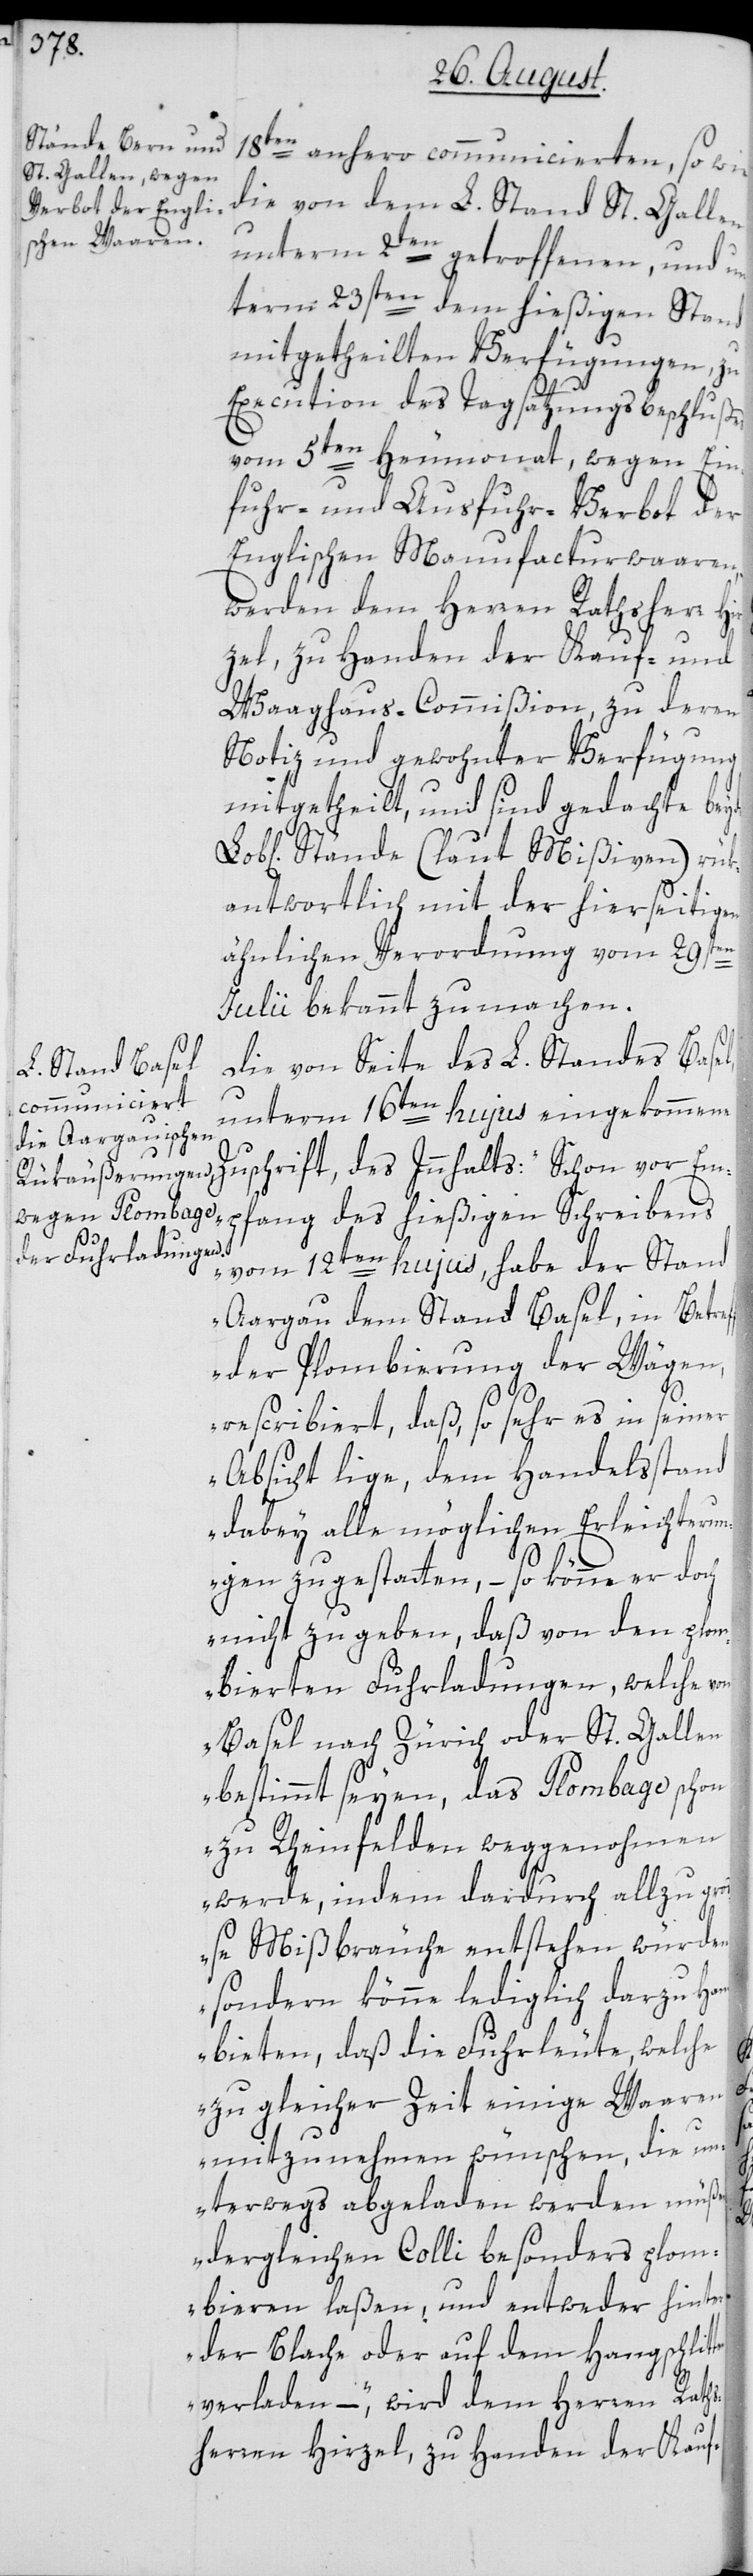
ten
18ten anhero communicierten, sowie
die von dem L. Stand St. Gallen
unterm 2ten getroffenen, und un¬
term 23sten dem hießigen Stand
mitgetheilten Verfügungen, zu
Execution des Tagsatzungsbeschlußes
vom 5ten Heumonat, wegen Ein¬
fuhr- und Ausfuhr-Verbot der
Englischen Manufacturwaaren,
werden dem Herren Rathsher¬
Waaghaus-Commißion, zu deren
Notiz und gewohnter Verfügung
mitgetheilt, und sind gedachte beyde
Stände (laut Mißiven) rük¬
antwortlich mit der hierseitigen
ähnlichen Verordnung vom 29sten
Julii bekannt zu machen.
Die von Seite des L. Standes Basel,
unterm 16ten hujus eingekommene
Zuschrift, des Innhalts: „Schon vor Em¬
pfang des hießigen Schreibens
vom 12ten hujus, habe der Stand
Aargau dem Stand Basel, in Betref¬
f der Plombierung der Wägen,
rescribiert, daß, so sehr es in seiner
Absicht lige, dem Handelsstand
dabey alle möglichen Erleichterun¬
gen zu gestatten, – so könne er doch
nicht zugeben, daß von den plom¬
bierten Fuhrladungen, welche von
Basel nach Zürich oder St. Gallen
bestimmt seyen, das Plombage schon
zu Rheinfelden weggenohmen
werde, indem dardurch allzu gro¬
ße Mißbräuche entstehen würden;
sondern könne lediglich darzu Hand
bieten, daß die Fuhrleute, welche
zu gleicher Zeit einige Waaren
mitzunehmen wünschen, die u¬
nterwegs abgeladen werden müßen,
dergleichen Colli besonders plom¬
bieren laßen, und entweder hinter
der Blache oder auf dem Hangschlit¬
verladen,“ – wird dem Herren Raths¬
herren Hirzel, zu Handen der Kauf-